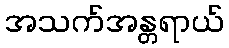
အသက်အန္တရာယ်